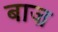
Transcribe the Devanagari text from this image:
बाज्र